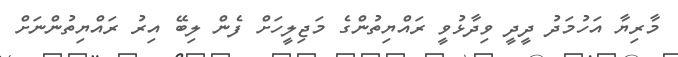
މާރިޔާ އަހުމަދު ދީދީ ވިދާޅުވީ ރައްޔިތުންގެ މަޖިލީހަށް ފެން ލިބޭ އިރު ރައްޔިތުންނަށް